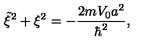
\tilde { \xi } ^ { 2 } + \xi ^ { 2 } = - \frac { 2 m V _ { 0 } a ^ { 2 } } { \hbar ^ { 2 } } ,